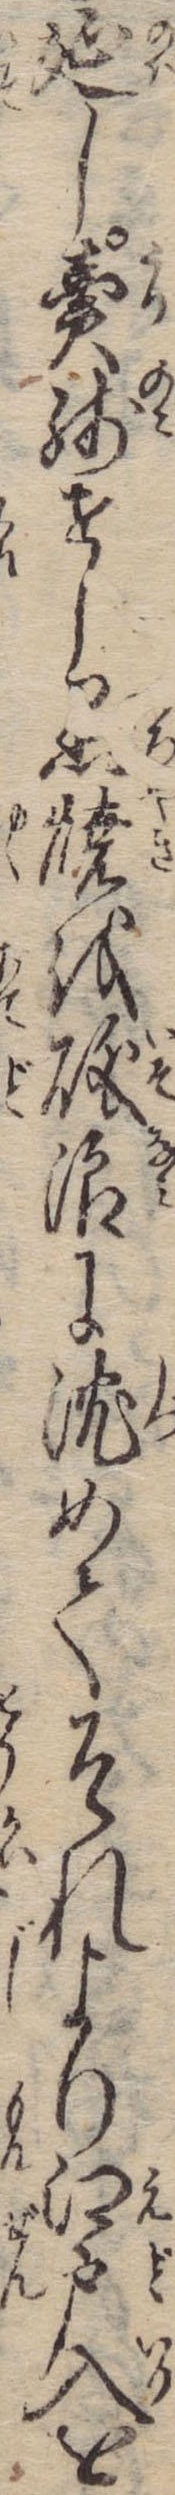
延し売残せし黒焼を磯浪に沈めてそれより江戸入を